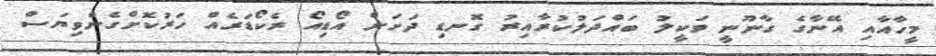
މީހާއާއި އޭނާގެ ގާނޫނީ ވަކީލު ބައްދަލުކުރާއިރު ގޮނޑި ދަށަށް އޯޑިއޯ ރެކޯޑަރެއް ހަރުކޮށްގެންވިޔަސް